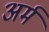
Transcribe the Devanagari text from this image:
अर्म